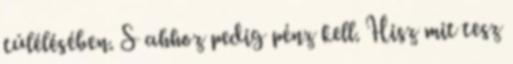
túlélésében. S ahhoz pedig pénz kell. Hisz mit tesz